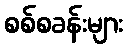
စစ်စခန်းများ